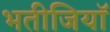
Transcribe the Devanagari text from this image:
भतीजियाॅ